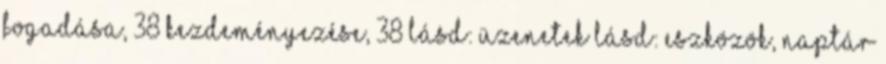
fogadása, 38 kezdeményezése, 38 lásd: üzenetek lásd: eszközök, naptár